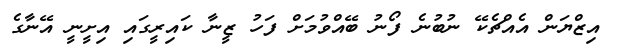
އިޒްޔަން އެއްޗެކޭ ނުބުނެ ފޯނު ބޭއްވުމަށް ފަހު ޒީނާ ކައިރީގައި އިށީނީ އޭނާގެ